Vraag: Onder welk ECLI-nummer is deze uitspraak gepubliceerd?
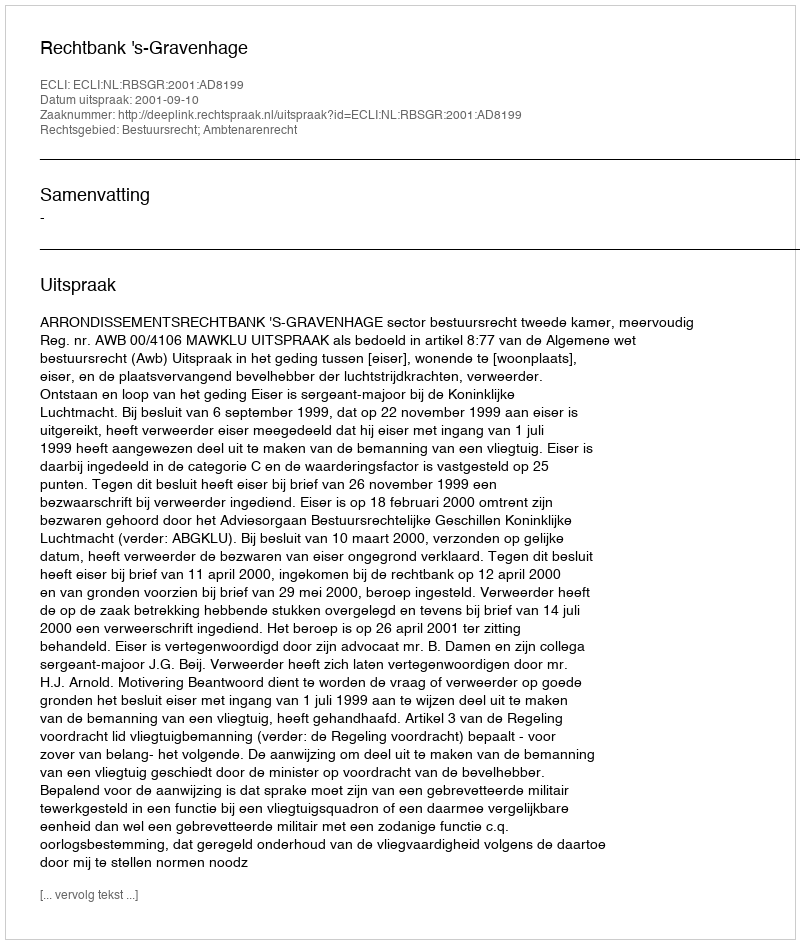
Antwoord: ECLI:NL:RBSGR:2001:AD8199